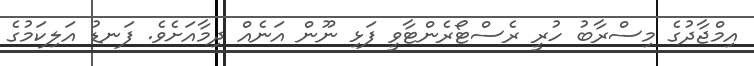
އިމްޖާދުގެ މިސްރާބު ހުރީ ރެސްޓޯރެންޓާވީ ފަޅި ނޫން އަނެއް ދިމާއަށެވެ. ފަނޑު އަލިކަމުގެ